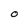
Character: O